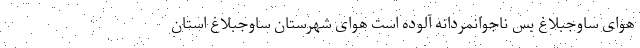
هوای ساوجبلاغ بس ناجوانمردانه آلوده است هوای شهرستان ساوجبلاغ استان